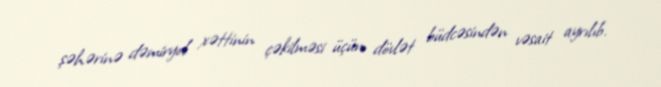
şəhərinə dəmiryol xəttinin çəkilməsi üçün dövlət büdcəsindən vəsait ayrılıb.